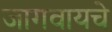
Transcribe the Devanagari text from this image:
जागवायचे